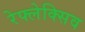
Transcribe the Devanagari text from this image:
रेफ्लेक्सिव